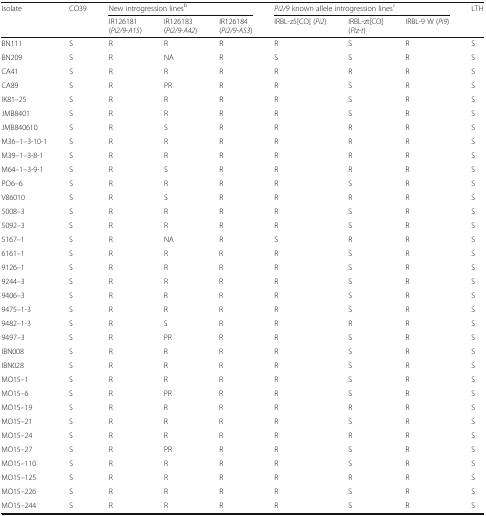
<table><thead><tr><td rowspan="2"><b>Isolate</b></td><td rowspan="2"><b>CO39</b></td><td colspan="3"><b>New introgression lines<sup>b</sup></b></td><td colspan="3"><b><i>Pi2/9</i> known allele introgression lines<sup>c</sup></b></td><td rowspan="2"><b>LTH</b></td></tr><tr><td><b>IR126181(<i>Pi2/9-A15</i>)</b></td><td><b>IR126183(<i>Pi2/9-A42</i>)</b></td><td><b>IR126184(<i>Pi2/9-A53</i>)</b></td><td><b>IRBL-z5[CO] (<i>Pi2</i>)</b></td><td><b>IRBL-zt[CO](<i>Piz-t</i>)</b></td><td><b>IRBL-9 W (<i>Pi9</i>)</b></td></tr></thead><tbody><tr><td>BN111</td><td>S</td><td>R</td><td>R</td><td>R</td><td>R</td><td>S</td><td>R</td><td>S</td></tr><tr><td>BN209</td><td>S</td><td>R</td><td>NA</td><td>R</td><td>S</td><td>S</td><td>R</td><td>S</td></tr><tr><td>CA41</td><td>S</td><td>R</td><td>R</td><td>R</td><td>R</td><td>R</td><td>R</td><td>S</td></tr><tr><td>CA89</td><td>S</td><td>R</td><td>PR</td><td>R</td><td>R</td><td>S</td><td>R</td><td>S</td></tr><tr><td>IK81–25</td><td>S</td><td>R</td><td>R</td><td>R</td><td>R</td><td>S</td><td>R</td><td>S</td></tr><tr><td>JMB8401</td><td>S</td><td>R</td><td>R</td><td>R</td><td>R</td><td>S</td><td>R</td><td>S</td></tr><tr><td>JMB840610</td><td>S</td><td>R</td><td>S</td><td>R</td><td>R</td><td>R</td><td>R</td><td>S</td></tr><tr><td>M36–1–3-10-1</td><td>S</td><td>R</td><td>R</td><td>R</td><td>R</td><td>R</td><td>R</td><td>S</td></tr><tr><td>M39–1–3-8-1</td><td>S</td><td>R</td><td>R</td><td>R</td><td>R</td><td>R</td><td>R</td><td>S</td></tr><tr><td>M64–1–3-9-1</td><td>S</td><td>R</td><td>S</td><td>R</td><td>R</td><td>R</td><td>R</td><td>S</td></tr><tr><td>PO6–6</td><td>S</td><td>R</td><td>R</td><td>R</td><td>R</td><td>S</td><td>R</td><td>S</td></tr><tr><td>V86010</td><td>S</td><td>R</td><td>S</td><td>R</td><td>R</td><td>R</td><td>R</td><td>S</td></tr><tr><td>5008–3</td><td>S</td><td>R</td><td>R</td><td>R</td><td>R</td><td>S</td><td>R</td><td>S</td></tr><tr><td>5092–3</td><td>S</td><td>R</td><td>R</td><td>R</td><td>R</td><td>S</td><td>R</td><td>S</td></tr><tr><td>5167–1</td><td>S</td><td>R</td><td>NA</td><td>R</td><td>S</td><td>R</td><td>R</td><td>S</td></tr><tr><td>6161–1</td><td>S</td><td>R</td><td>R</td><td>R</td><td>R</td><td>S</td><td>R</td><td>S</td></tr><tr><td>9126–1</td><td>S</td><td>R</td><td>R</td><td>R</td><td>R</td><td>S</td><td>R</td><td>S</td></tr><tr><td>9244–3</td><td>S</td><td>R</td><td>R</td><td>R</td><td>R</td><td>S</td><td>R</td><td>S</td></tr><tr><td>9406–3</td><td>S</td><td>R</td><td>R</td><td>R</td><td>R</td><td>S</td><td>R</td><td>S</td></tr><tr><td>9475–1-3</td><td>S</td><td>R</td><td>R</td><td>R</td><td>R</td><td>S</td><td>R</td><td>S</td></tr><tr><td>9482–1-3</td><td>S</td><td>R</td><td>S</td><td>R</td><td>R</td><td>R</td><td>R</td><td>S</td></tr><tr><td>9497–3</td><td>S</td><td>R</td><td>PR</td><td>R</td><td>R</td><td>S</td><td>R</td><td>S</td></tr><tr><td>IBN008</td><td>S</td><td>R</td><td>R</td><td>R</td><td>R</td><td>S</td><td>R</td><td>S</td></tr><tr><td>IBN028</td><td>S</td><td>R</td><td>R</td><td>R</td><td>R</td><td>S</td><td>R</td><td>S</td></tr><tr><td>MO15–1</td><td>S</td><td>R</td><td>R</td><td>R</td><td>R</td><td>S</td><td>R</td><td>S</td></tr><tr><td>MO15–6</td><td>S</td><td>R</td><td>PR</td><td>R</td><td>R</td><td>S</td><td>R</td><td>S</td></tr><tr><td>MO15–19</td><td>S</td><td>R</td><td>R</td><td>R</td><td>R</td><td>R</td><td>R</td><td>S</td></tr><tr><td>MO15–21</td><td>S</td><td>R</td><td>R</td><td>R</td><td>R</td><td>S</td><td>R</td><td>S</td></tr><tr><td>MO15–24</td><td>S</td><td>R</td><td>R</td><td>R</td><td>R</td><td>R</td><td>R</td><td>S</td></tr><tr><td>MO15–27</td><td>S</td><td>R</td><td>PR</td><td>R</td><td>R</td><td>S</td><td>R</td><td>S</td></tr><tr><td>MO15–110</td><td>S</td><td>R</td><td>R</td><td>R</td><td>R</td><td>S</td><td>R</td><td>S</td></tr><tr><td>MO15–125</td><td>S</td><td>R</td><td>R</td><td>R</td><td>R</td><td>R</td><td>R</td><td>S</td></tr><tr><td>MO15–226</td><td>S</td><td>R</td><td>R</td><td>R</td><td>R</td><td>S</td><td>R</td><td>S</td></tr><tr><td>MO15–244</td><td>S</td><td>R</td><td>R</td><td>R</td><td>R</td><td>S</td><td>R</td><td>S</td></tr></tbody></table>